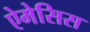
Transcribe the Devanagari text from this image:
ऐमेसिस